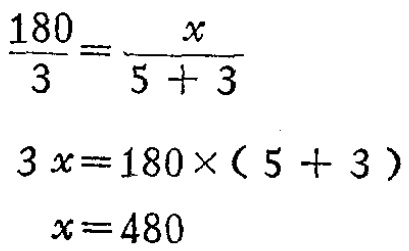
\[\begin{align*}
\frac{180}{3}&=\frac{x}{5 + 3}\\
3x&=180\times(5 + 3)\\
x&=480
\end{align*}\]